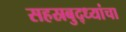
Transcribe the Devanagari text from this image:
सहस्रबुद्ध्यांचा